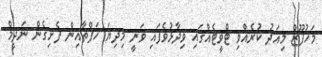
މަހުފޫޒް މިއަދު ކުރެއްވި ޓްވީޓެއްގައި ވިދާޅުވެފައި ވަނީ މިދިޔަ ހަފްތާއިން ފެށިގެން ނަދީމް